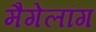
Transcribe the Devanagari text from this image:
मैगेलांग